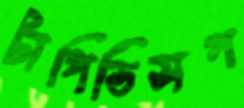
টাপিডিসপ